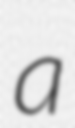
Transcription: a